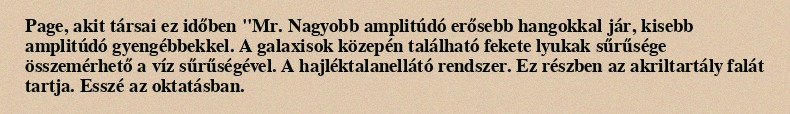
Page, akit társai ez időben "Mr. Nagyobb amplitúdó erősebb hangokkal jár, kisebb amplitúdó gyengébbekkel. A galaxisok közepén található fekete lyukak sűrűsége összemérhető a víz sűrűségével. A hajléktalanellátó rendszer. Ez részben az akriltartály falát tartja. Esszé az oktatásban.